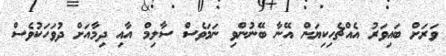
ވަރަށް ބައިވަރު އެއްޗެހިކިޔަން އޭނާ ބޭނުންވި ނަމަވެސް ސާލިމް އާއި ދިމާއަށް ދުވަހަކުވެސް